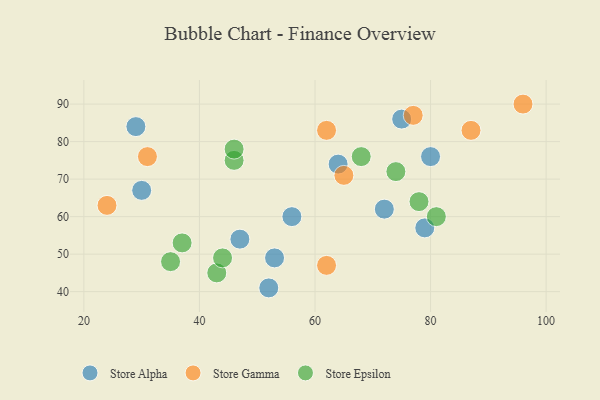
{"axis": {"x": "GDP", "y": "Life Expectancy"}, "legend": ["Store Alpha", "Store Epsilon", "Store Gamma"], "data": [{"x": "29", "y": 84, "type": "Store Alpha"}, {"x": "79", "y": 57, "type": "Store Alpha"}, {"x": "80", "y": 76, "type": "Store Alpha"}, {"x": "47", "y": 54, "type": "Store Alpha"}, {"x": "72", "y": 62, "type": "Store Alpha"}, {"x": "52", "y": 41, "type": "Store Alpha"}, {"x": "64", "y": 74, "type": "Store Alpha"}, {"x": "75", "y": 86, "type": "Store Alpha"}, {"x": "56", "y": 60, "type": "Store Alpha"}, {"x": "30", "y": 67, "type": "Store Alpha"}, {"x": "53", "y": 49, "type": "Store Alpha"}, {"x": "96", "y": 90, "type": "Store Gamma"}, {"x": "65", "y": 71, "type": "Store Gamma"}, {"x": "62", "y": 47, "type": "Store Gamma"}, {"x": "87", "y": 83, "type": "Store Gamma"}, {"x": "77", "y": 87, "type": "Store Gamma"}, {"x": "31", "y": 76, "type": "Store Gamma"}, {"x": "24", "y": 63, "type": "Store Gamma"}, {"x": "62", "y": 83, "type": "Store Gamma"}, {"x": "43", "y": 45, "type": "Store Epsilon"}, {"x": "46", "y": 75, "type": "Store Epsilon"}, {"x": "46", "y": 78, "type": "Store Epsilon"}, {"x": "35", "y": 48, "type": "Store Epsilon"}, {"x": "74", "y": 72, "type": "Store Epsilon"}, {"x": "78", "y": 64, "type": "Store Epsilon"}, {"x": "81", "y": 60, "type": "Store Epsilon"}, {"x": "44", "y": 49, "type": "Store Epsilon"}, {"x": "37", "y": 53, "type": "Store Epsilon"}, {"x": "68", "y": 76, "type": "Store Epsilon"}]}